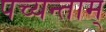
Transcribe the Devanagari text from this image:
पच्यन्ताम्‌